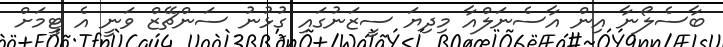
ބާސެލޯނާ އިން އާސެނަލްއާ މިދިޔަ ސީޒަނުގައި ގުޅުނު ސަންޗޭޒް ވަނީ އެ ޓީމަށް